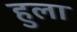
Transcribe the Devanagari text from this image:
हुला